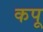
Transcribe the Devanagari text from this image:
कपू